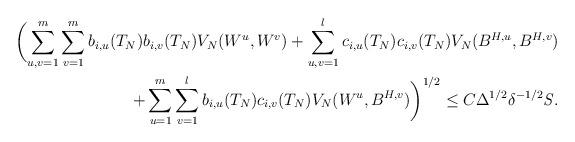
LaTeX: \begin{align*} \biggl(\sum_{u,v=1}^m \sum_{v=1}^m b_{i,u}(T_N)b_{i,v}(T_N)V_N(W^u,W^v) + \sum_{u,v=1}^l c_{i,u}(T_N)c_{i,v}(T_N)V_N(B^{H,u},B^{H,v})\\+ \sum_{u=1}^m \sum_{v=1}^l b_{i,u}(T_N)c_{i,v}(T_N)V_N(W^u,B^{H,v}) \biggr)^{1/2}\leq C \Delta^{1/2}\delta^{-1/2}\mathit{S}.\end{align*}